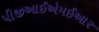
પીજીઆઈએમઈઆર